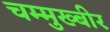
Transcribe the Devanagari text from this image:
चम्मुख्बीर